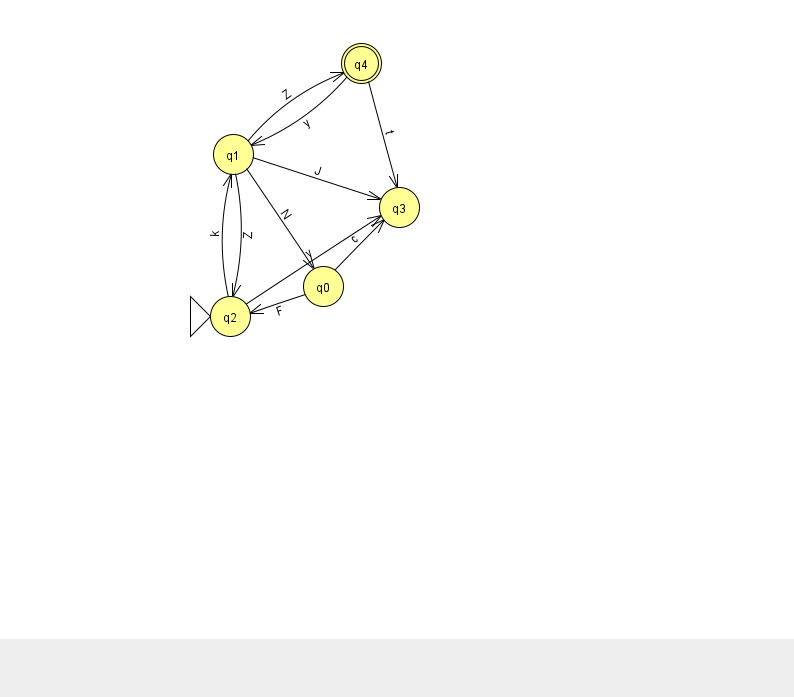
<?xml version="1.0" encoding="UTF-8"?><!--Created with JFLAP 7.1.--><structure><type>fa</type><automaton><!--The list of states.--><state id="0" name="q0"><x>323.0</x><y>273.0</y></state><state id="1" name="q1"><x>233.0</x><y>141.0</y></state><state id="2" name="q2"><x>230.0</x><y>303.0</y><initial/></state><state id="3" name="q3"><x>399.0</x><y>194.0</y></state><state id="4" name="q4"><x>361.0</x><y>50.0</y><final/></state><!--The list of transitions.--><transition><from>1</from><to>0</to><read>N</read></transition><transition><from>1</from><to>3</to><read>J</read></transition><transition><from>0</from><to>3</to><read>c</read></transition><transition><from>0</from><to>2</to><read>F</read></transition><transition><from>1</from><to>2</to><read>Z</read></transition><transition><from>1</from><to>4</to><read>Z</read></transition><transition><from>4</from><to>3</to><read>t</read></transition><transition><from>2</from><to>1</to><read>k</read></transition><transition><from>2</from><to>3</to><read>v</read></transition><transition><from>4</from><to>1</to><read>y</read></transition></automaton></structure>